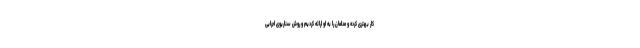
کار بهتری کرده و مدلمان را به او ارائه کردیم و روش سناریوی اجرایی